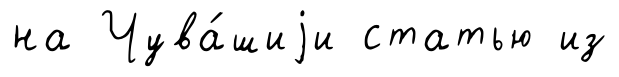
на Чува́шиjи статью из